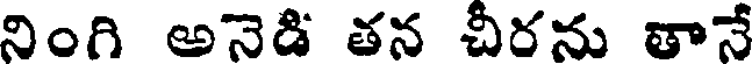
నింగి అనెడి తన చీరను తానే